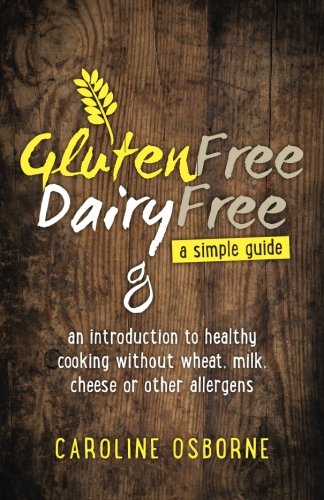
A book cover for Gluten Free, Dairy Free - a simple guide: an introduction to healthy cooking without wheat, milk, cheese; Caroline Osborne; Cookbooks, Food & Wine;